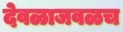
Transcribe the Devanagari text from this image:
देवळाजवळच